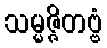
သမ္မဇ္ဇိတဗ္ဗံ